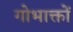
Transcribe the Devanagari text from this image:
गोभाक्तों